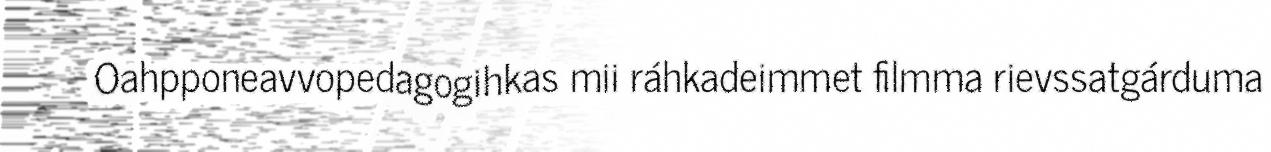
Oahpponeavvopedagogihkas mii ráhkadeimmet filmma rievssatgárduma